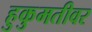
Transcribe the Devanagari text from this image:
हुकुमतीवर